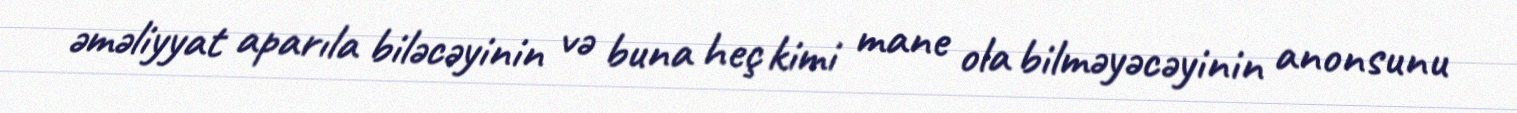
əməliyyat aparıla biləcəyinin və buna heç kimi mane ola bilməyəcəyinin anonsunu